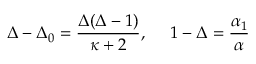
\Delta - \Delta _ { 0 } = \frac { \Delta ( \Delta - 1 ) } { \kappa + 2 } , ~ ~ ~ ~ 1 - \Delta = { \frac { \alpha _ { 1 } } { \alpha } }